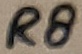
Text: R8